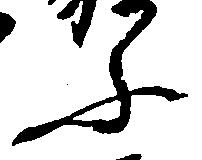
ふ